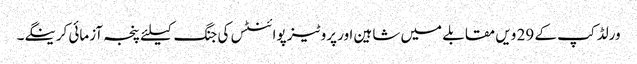
ورلڈ کپ کے 29 ویں مقابلے میں شاہین اور پروٹیز پوائنٹس کی جنگ کیلئے پنجہ آزمائی کرینگے۔